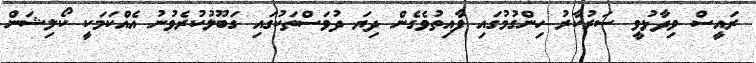
ރައީސް ވިދާޅުވީ ސަރުކާރު ހިންގުމުގައި ފާއިތުވެގެން ދިޔަ ދުވަސްތަކުގައި ގަބޫލުކުރެވުނު އެއްކަމަކީ ކޯލިޝަން